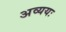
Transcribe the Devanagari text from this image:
अव्ययः